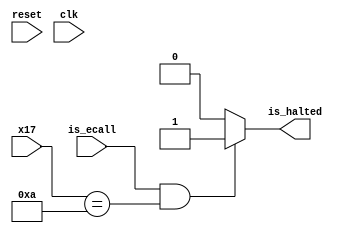
module HaltChecker(input reset,
                   input clk,
                   input [31:0] x17,
                   input is_ecall,
                   output reg is_halted);
    
    always @(*) begin
        if (is_ecall && x17 == 10) begin
            is_halted = 1;
        end
        else begin
            is_halted = 0;
        end    
    end
endmodule